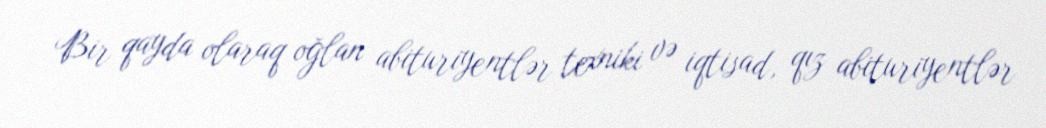
Bir qayda olaraq oğlan abituriyentlər texniki və iqtisad, qız abituriyentlər